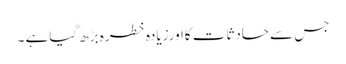
جس سے حادثات کااورزیادہ خطرہ بڑھ گیاہے ۔